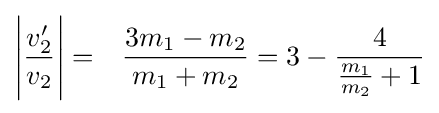
{\Bigg |}{\frac {v_{2}^{\prime }}{v_{2}}}{\Bigg |}=\;\;\,{\frac {3m_{1}-m_{2}}{m_{1}+m_{2}}}=3-{\frac {4}{{\tfrac {m_{1}}{m_{2}}}+1}}